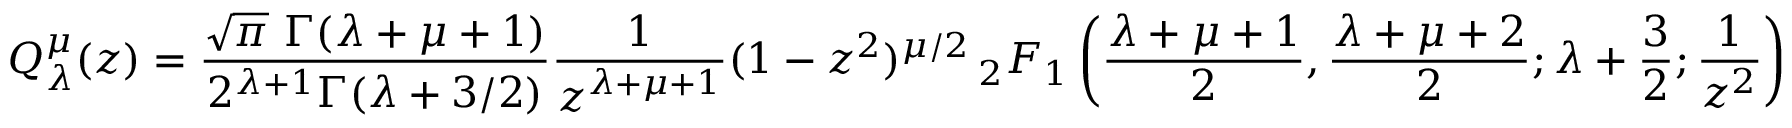
Q _ { \lambda } ^ { \mu } ( z ) = { \frac { { \sqrt { \pi } } \ \Gamma ( \lambda + \mu + 1 ) } { 2 ^ { \lambda + 1 } \Gamma ( \lambda + 3 / 2 ) } } { \frac { 1 } { z ^ { \lambda + \mu + 1 } } } ( 1 - z ^ { 2 } ) ^ { \mu / 2 } \, _ { 2 } F _ { 1 } \left( { \frac { \lambda + \mu + 1 } { 2 } } , { \frac { \lambda + \mu + 2 } { 2 } } ; \lambda + { \frac { 3 } { 2 } } ; { \frac { 1 } { z ^ { 2 } } } \right)